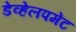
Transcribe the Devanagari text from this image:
डेव्हेलपमेंट